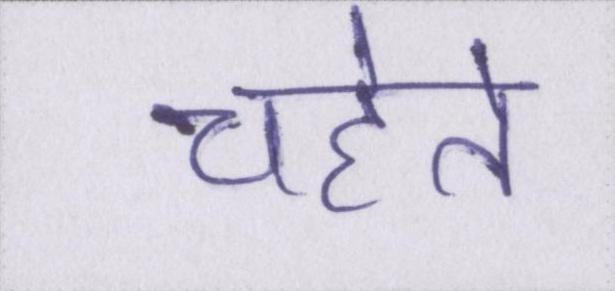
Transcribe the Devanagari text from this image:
चहेते